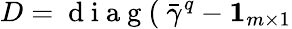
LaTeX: D=\mathrm{~d~i~a~g~(~}\bar{\gamma}^{q}-\mathbf{1}_{m\times 1}